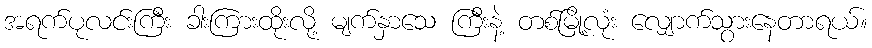
အရက်ပုလင်းကြီး ခါးကြားထိုးလို့ မျက်နှာသေ ကြီးနဲ့ တစ်မြို့လုံး လျှောက်သွားနေတာရယ်။